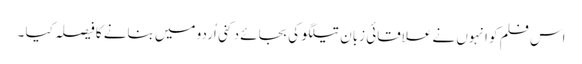
اس فلم کو انہوں نے علاقائی زبان تیلگو کی بجائے دکنی اُردو میں بنانے کا فیصلہ کیا ۔